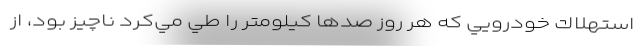
استهلاك خودرويي كه هر روز صدها كيلومتر را طي مي‌كرد ناچيز بود، از